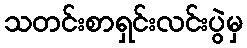
သတင်းစာရှင်းလင်းပွဲမှ